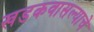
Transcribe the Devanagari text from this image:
खडकवासल्याचे